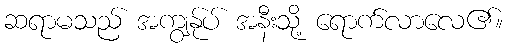
ဆရာမသည် အကျွန်ုပ် အနီးသို့ ရောက်လာလေ၏။